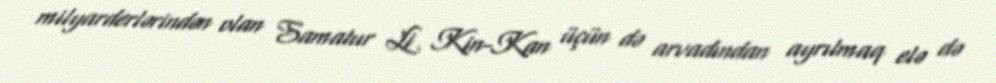
milyarderlərindən olan Samatur Li Kin-Kan üçün də arvadından ayrılmaq elə də